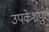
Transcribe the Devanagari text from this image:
उपकेशपुर